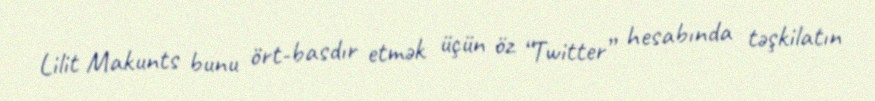
Lilit Makunts bunu ört-basdır etmək üçün öz “Twitter” hesabında təşkilatın